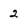
Character: 2